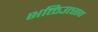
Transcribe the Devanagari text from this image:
भक्तिउत्सव